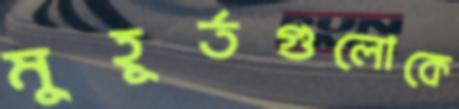
মুহূর্তগুলোকে